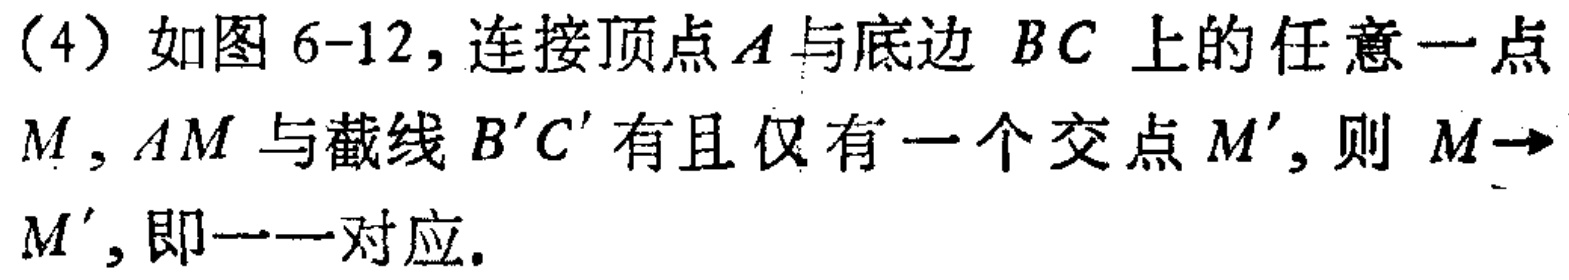
(4) 如图 6-12, 连接顶点 \(A\) 与底边 \(BC\) 上的任意一点 \(M\), \(AM\) 与截线 \(B'C'\) 有且仅有一个交点 \(M'\), 则 \(M\rightarrow M'\), 即一一对应.